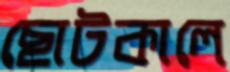
ছোটকালে